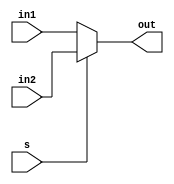
module mux2_1(in1, in2, s, out);

    input [31:0] in1, in2;
    input s;

    output wire [31:0] out;

    assign out = (s == 0) ? in1 : in2;

endmodule